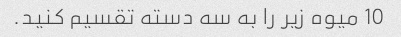
10 میوه زیر را به سه دسته تقسیم کنید.